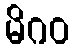
မိဂဝ